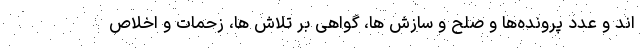
اند و عدد پرونده‌ها و صلح و سازش ها، گواهی بر تلاش ها، زحمات و اخلاص